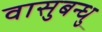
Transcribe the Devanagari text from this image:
वासुबन्धु